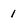
Character: 1